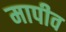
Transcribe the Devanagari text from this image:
मापीव